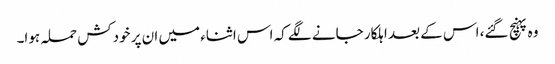
وہ پہنچ گئے، اس کے بعد اہلکار جانے لگے کہ اس اثناء میں ان پر خودکش حملہ ہوا۔